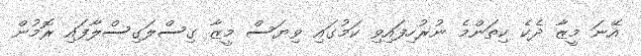
އޭނަ މީޒާ ދެކެ ކިތަންމެ ނުރުހިފައިވި ކަމުގައި ވިޔަސް މީޒާ ގިސްލަގިސްލާފައި ރޮމުން